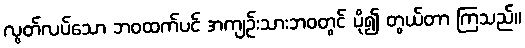
လွတ်လပ်သော ဘဝထက်ပင် အကျဉ်းသားဘဝတွင် ပို၍ တွယ်တာ ကြသည်။